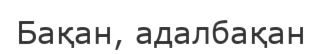
Бақан, адалбақан